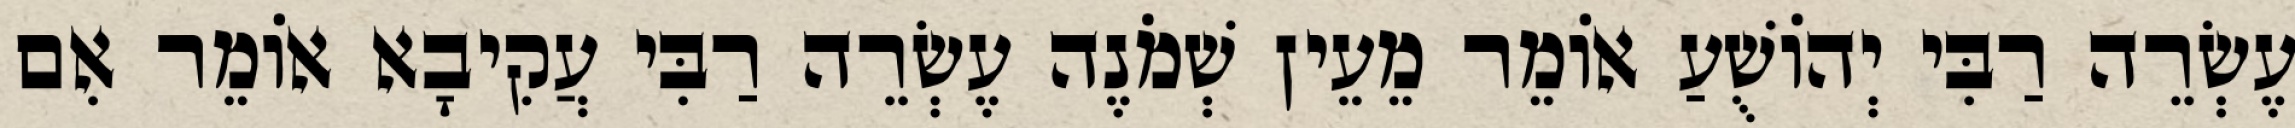
עֶשְׂרֵה רַבִּי יְהוֹשֻׁעַ אוֹמֵר מֵעֵין שְׁמֹנֶה עֶשְׂרֵה רַבִּי עֲקִיבָא אוֹמֵר אִם